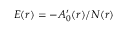
E ( r ) = - A _ { 0 } ^ { \prime } ( r ) / N ( r )